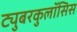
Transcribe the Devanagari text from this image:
ट्युबरकुलॉसिस